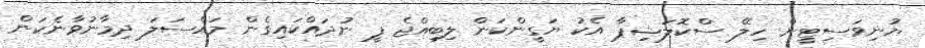
ޔުނިވަސިޓީން ހިލޭ ސްކޮލަޝިޕާ އެކު ޔަގީންކަން ލިބިއްޖެ ފީ ނުދައްކައިގެން މައްސަލަ ދިމާނުވާނެކަން